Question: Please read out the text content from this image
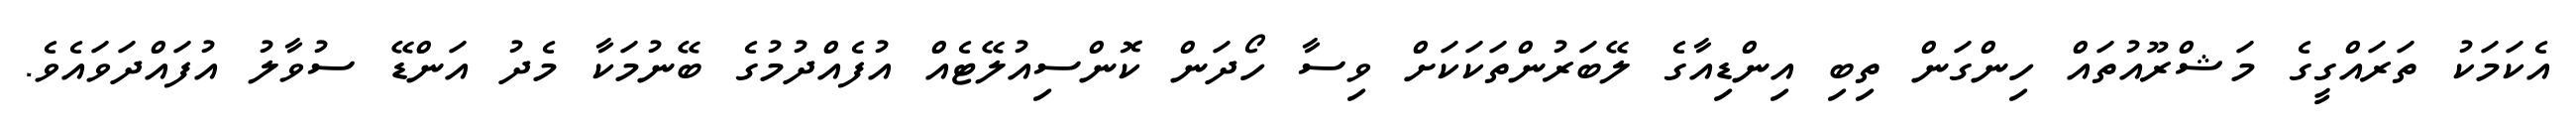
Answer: އެކަމަކު ތަރައްގީގެ މަޝްރޫއުތައް ހިންގަން ތިބި އިންޑިއާގެ ލޭބަރުންތަކަކަށް ވިސާ ހޯދަން ކޮންސިއުލޭޓެއް އުފެއްދުމުގެ ބޭނުމަކާ މެދު އަންޑޭ ސުވާލު އުފައްދަވައެވެ.